system: You are a helpful assistant.
user:
Analyze the provided spectrum to determine if it is a **"Cataclysmic Variables (CV)"**.

- **Key Indicators for CV (Check for either state):**
    - **State 1: Quiescent / Low-State (Emission-Dominated)**
        - **(Primary):** Strong and *very broad* Hydrogen Balmer emission lines (e.g., $H\alpha$ at 6563 Å, $H\beta$ at 4861 Å). The 'broadness' (high velocity dispersion, often FWHM > 1000 km/s) is the key diagnostic, indicating a high-velocity accretion disk.
        - **(Secondary):** Broad neutral Helium (He I) emission lines (e.g., 5876 Å, 6678 Å).
        - **(Key Confirmation):** Presence of high-excitation *ionized* Helium (He II) emission at 4686 Å. This is a strong indicator of accretion onto a white dwarf.
        - **(Line Profile):** Emission lines may exhibit a 'double-peaked' profile, which is a classic signature of a rotating accretion disk viewed at high inclination.

    - **State 2: Outburst / High-State (Absorption-Dominated)**
        - **(Primary):** Spectrum is dominated by a bright, blue continuum (looks like a hot star).
        - **(Secondary):** The emission lines from State 1 are weak, absent, or 'filled in', and are replaced by broad, shallow *absorption* lines (primarily Balmer and He I).
        - **(Morphology):** The overall spectrum mimics a hot B/A-type star. The crucial difference is that the absorption lines are significantly broader, shallower, and more 'washed-out' (or 'smeared') than the sharp lines of a normal stellar photosphere, due to high rotational speeds and pressure broadening in the disk.

Think first, call **spectral_visualization_tool** if needed to examine features in detail, then provide your final answer. Your response must adhere to the following strict rules:
1.  **Overall Structure:** Your response must follow the format `<think>...</think> <tool_call>...</tool_call> (if a tool is used) <answer>...</answer>`.
2.  **Tool Usage Constraint:** You may only make **one** tool call per turn.
3.  **Final Answer Format:** In the `<answer>` tag, your conclusion must be inside a `\boxed{}` command (e.g., `\boxed{YES}`), followed by your justification.

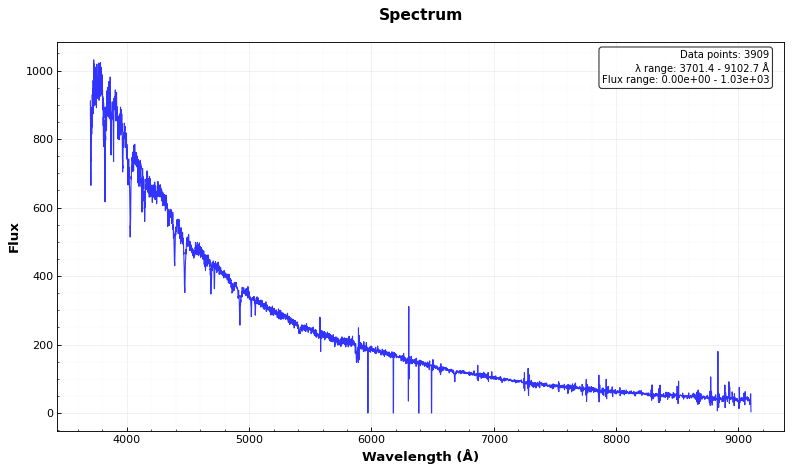
Answer: NO